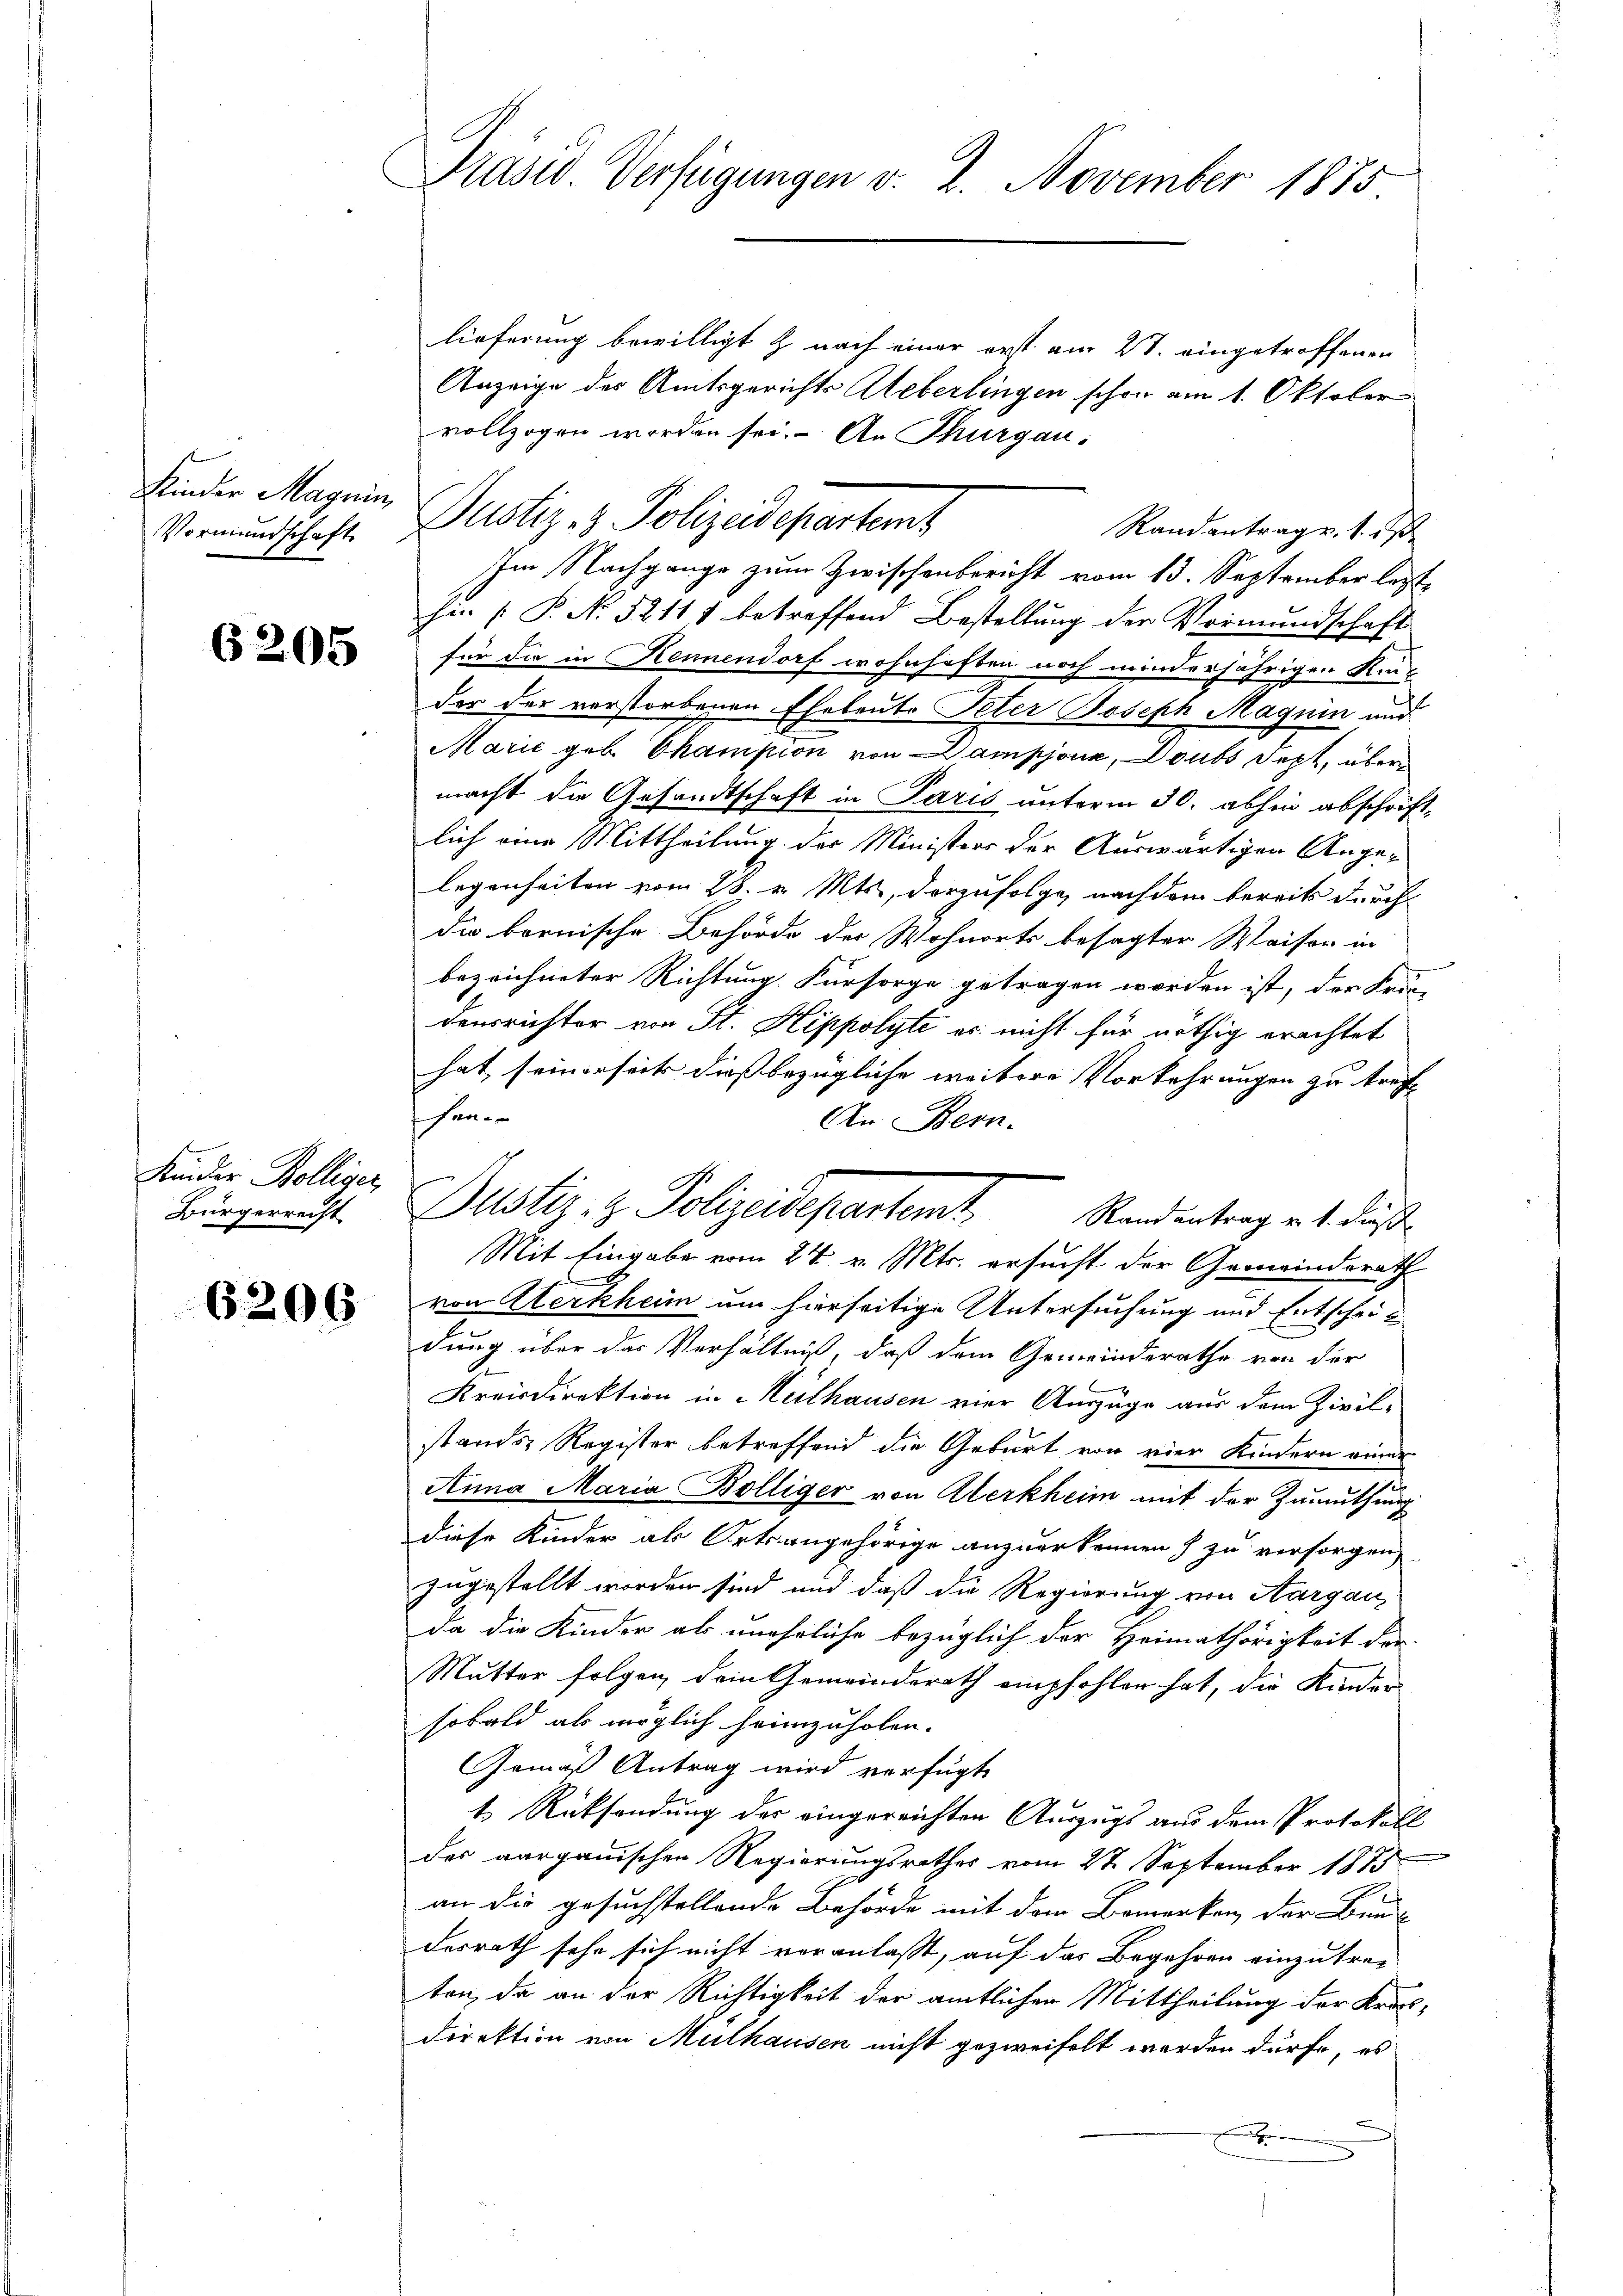
Kinder Magnin,
Vormundschaft

6205

Kinder Kölliger,
Bürgerrecht

6206

Präsid Verfügungen v. 2. November 1875

lieferung bewilligt & nach einer erst am 27. eingetroffenen
Anzeige des Amtsgerichts Aeberlingen schon am 1. Oktober
vollzogen worden sei. An Thurgau:
Randantrag v. 1. ds.
Im Nachgange zum Zwischenbericht vom 13. September lezte
hin [P. No 52117 betreffend Bestellung der Vormundschaft
für die in Kennendorf wohnhaften noch minderjährigen Kinder der verstorbenen Eheleute Peter Joseph Magnin und
Marić geb. Champion von Dampjonz, Doubs Sept, über
macht die Gesandtschaft in Paris unterm 30. abhin abschriftlich eine Mittheilung des Ministers der Auswärtigen Angelegenheiten vom 28. v. Mts., derzufolge nachdem bereits durch
die bornische Behörde der Wohnorts besagter Waiser in
bezeichneter Richtung. Fürsorge getragen worden ist, der Frag
densrichter von St. Hippolyte es nicht für nöthig erachtet
hat seinerseits dieß bezügliche weitere Vorkehrungen zu treffe
hen.
An Bern.
Mit Eingabe vom 24. v. Mts. ersucht der Gemeindsrath
.
von Alerkheim um hierseitige Untersuchung und Entscheit
dung über das Verhältniß, daß dem Gemeinderathe von der
Kreisdirektion in Heilhausen vier Auszüge aus dem Zivil-
stands Register betreffend die Geburt von vier Kindern einer
Anna Maria Bölliger von Werkheim mit der Zumuthung
diese Kinder als Orts angehörige anzuerkennen) zu versorgen
zugestellt worden sind und daß die Regierung von Aargau
da die Kinder als uneheliche bezüglich der Heimathörigkeit der
Mutter folgen dein Gemeindsrath empfohlen hat, die Kinder
sobald als möglich heimzuholen.
Gemäß Antrag wird verfügt
t Rücksendung des eingereichten Auszugs aus dem Protokoll
des aargauischen Regierungsrathes vom 27. September 1885
an die gesuchstellende Behörde mit dem Bemerken der Bun-
desrath sehr sich nicht voranlaßt, auf das Begehren einzutreten, da an der Richtigkeit der amtlichen Mittheilung der Krosdirektion von Mülhausen nicht gezweifelt werden dürfe, es
e

Justiz- & Polizeidepartem

Justiz- & Polizeidepartemt. Randantrag es diese